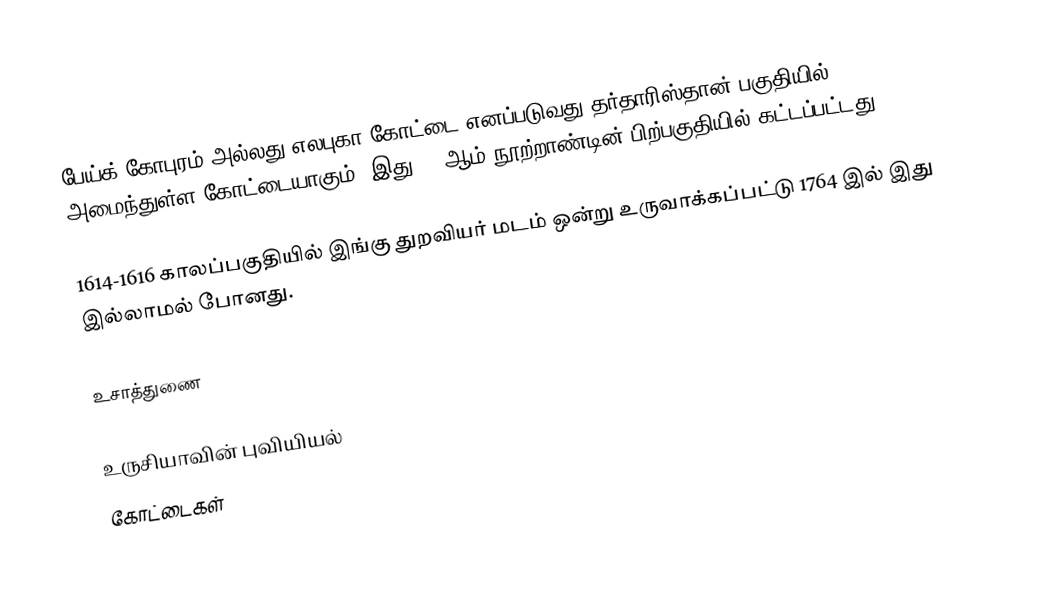
பேய்க் கோபுரம் அல்லது எலபுகா கோட்டை எனப்படுவது தர்தாரிஸ்தான் பகுதியில் அமைந்துள்ள கோட்டையாகும். இது 16 ஆம் நூற்றாண்டின் பிற்பகுதியில் கட்டப்பட்டது.

1614-1616 காலப்பகுதியில் இங்கு துறவியர் மடம் ஒன்று உருவாக்கப்பட்டு 1764 இல் இது இல்லாமல் போனது.

உசாத்துணை

உருசியாவின் புவியியல்
கோட்டைகள்